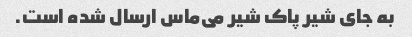
به جای شیر پاک شیر می‌ماس ارسال شده است.